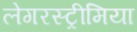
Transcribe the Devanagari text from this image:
लेगरस्ट्रीमिया